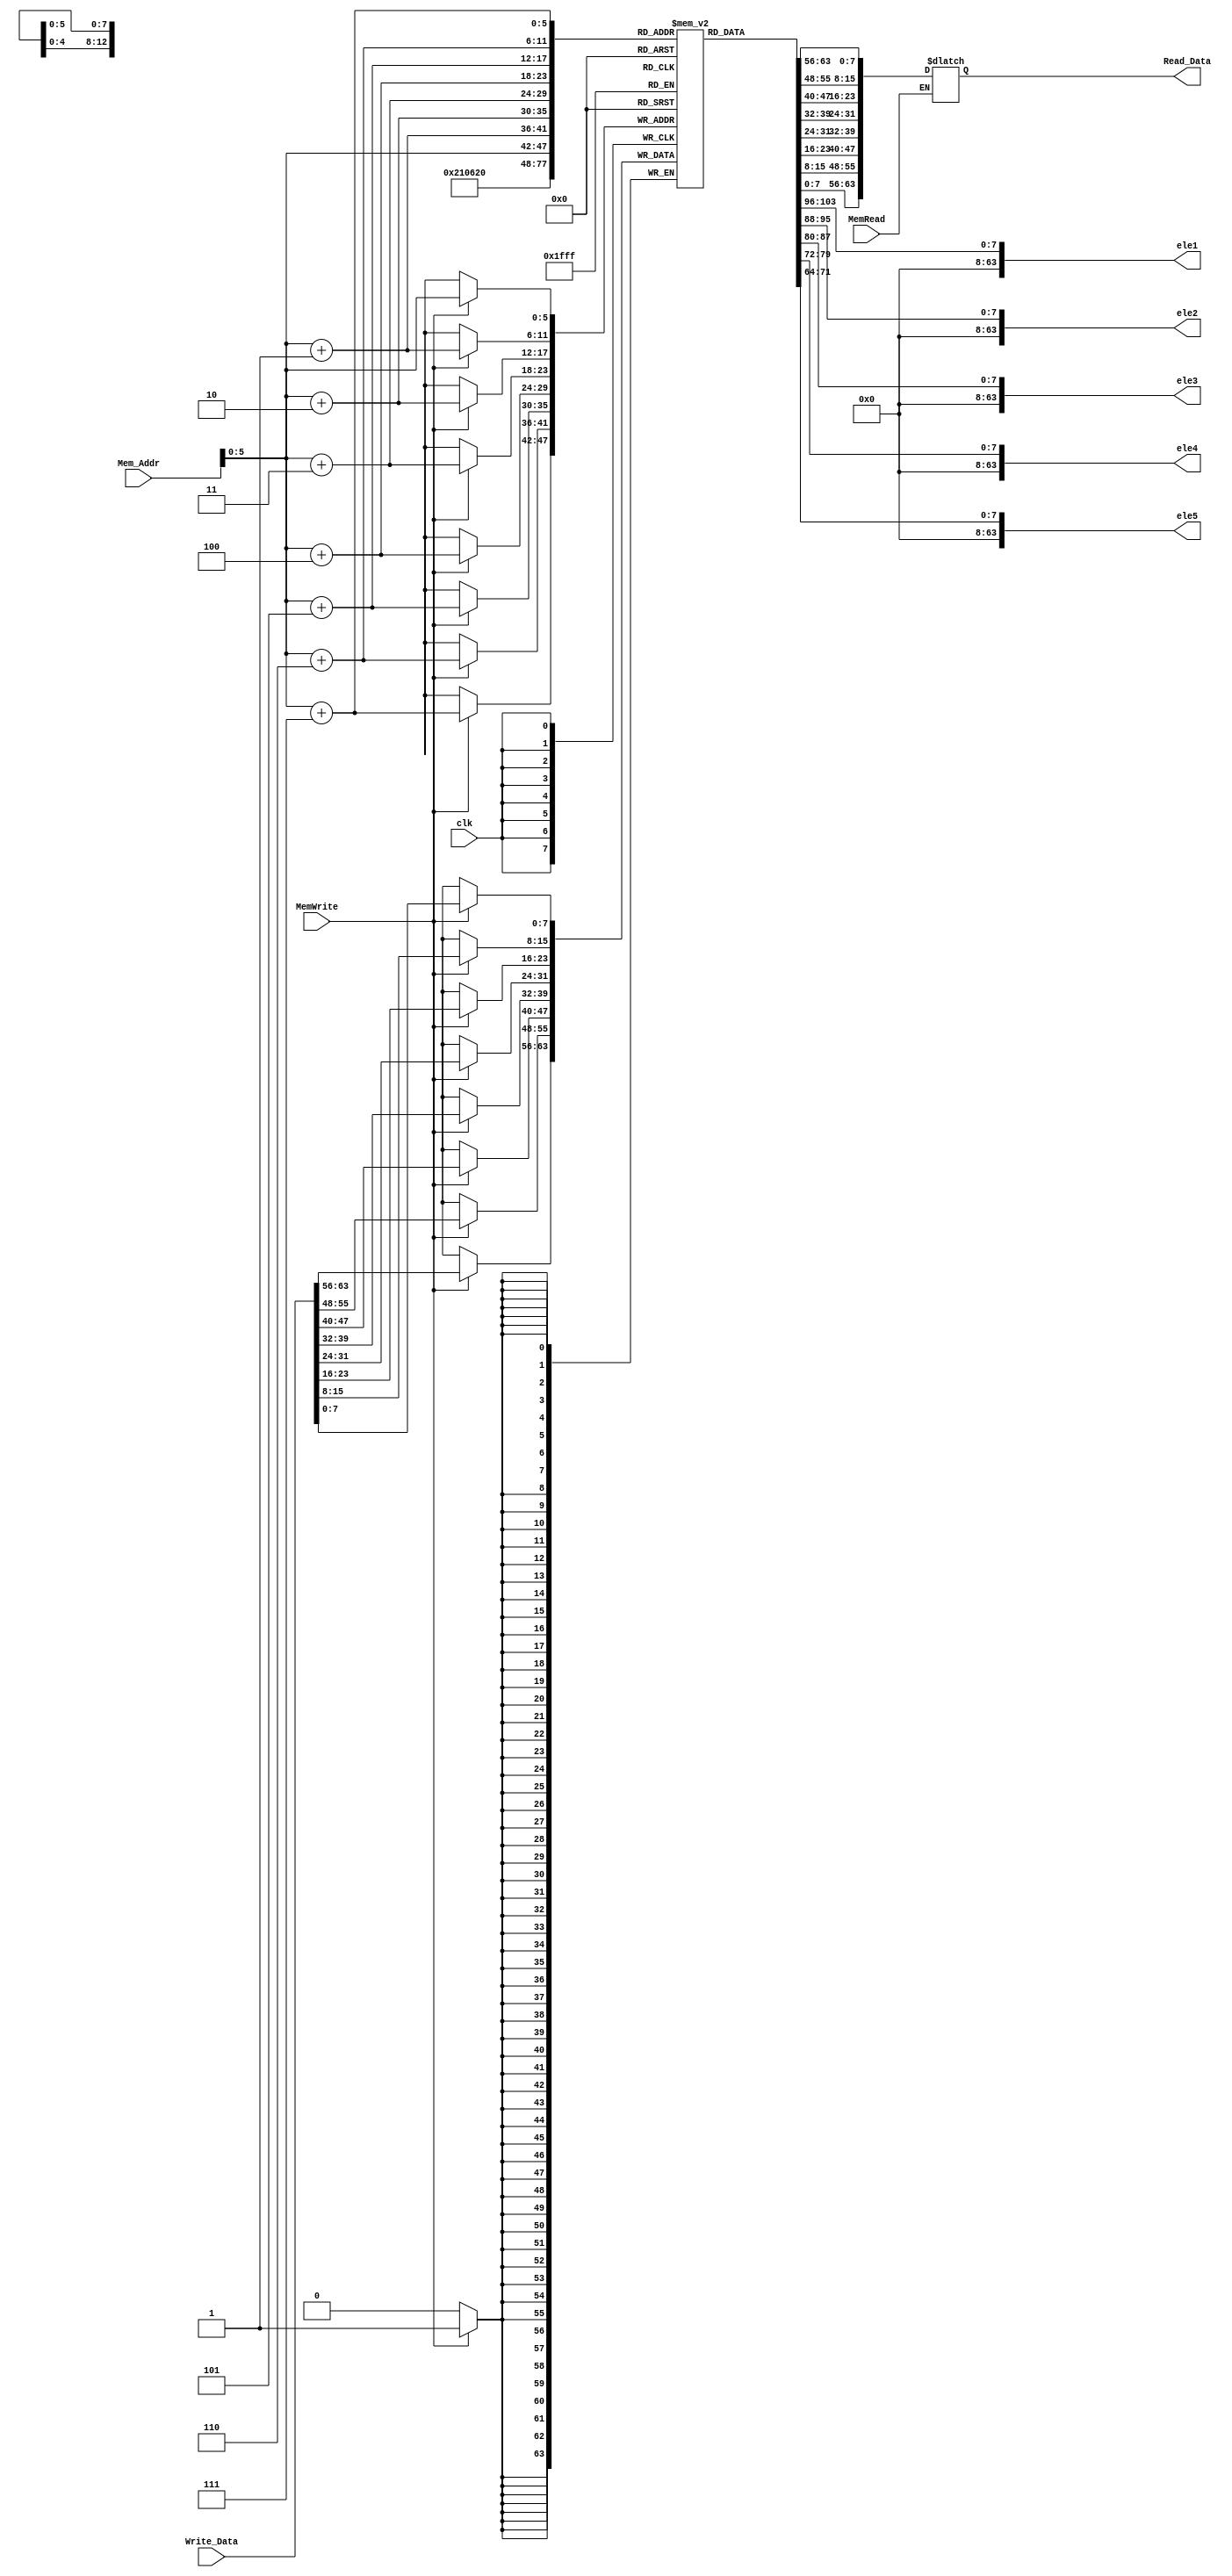
`timescale 1ns / 1ps
//////////////////////////////////////////////////////////////////////////////////
// Company: 
// Engineer: 
// 
// Design Name: 
// Module Name: Data_Memory
// Project Name: 
// Target Devices: 
// Tool Versions: 
// Description: 
// 
// Dependencies: 
// 
// Revision:
// Revision 0.01 - File Created
// Additional Comments:
// 
//////////////////////////////////////////////////////////////////////////////////


module Data_Memory
(
	input [63:0] Mem_Addr,
	input [63:0] Write_Data,
	input clk, MemWrite, MemRead,
	output reg [63:0] Read_Data,
	output [63:0] ele1,
    output [63:0] ele2,
    output [63:0] ele3,
    output [63:0] ele4,
    output [63:0] ele5
);

	reg [7:0] DataMemory [63:0];
	
	  assign ele1 = DataMemory[0]; // these 5 elemenets represent the first 5 values in the memory
      assign ele2 = DataMemory[8];
      assign ele3 = DataMemory[16];                      
      assign ele4 = DataMemory[24];
      assign ele5 = DataMemory[32];

      integer x; // loop variable
  
   initial  
    begin 
      for (x = 0; x < 64; x = x + 1)
      begin 
        DataMemory[x] = 8'd0; //reset all values
        end
     end    

	
	always @ (posedge clk)
	begin
		if (MemWrite) // on mem write signal high
		begin
			DataMemory[Mem_Addr] = Write_Data[7:0];
			DataMemory[Mem_Addr+1] = Write_Data[15:8];
			DataMemory[Mem_Addr+2] = Write_Data[23:16];
			DataMemory[Mem_Addr+3] = Write_Data[31:24];
			DataMemory[Mem_Addr+4] = Write_Data[39:32];
			DataMemory[Mem_Addr+5] = Write_Data[47:40];
			DataMemory[Mem_Addr+6] = Write_Data[55:48];
			DataMemory[Mem_Addr+7] = Write_Data[63:56];
		end
	end
	
	always @ (*)
	begin
		if (MemRead) // on mem read signal high
			Read_Data = {DataMemory[Mem_Addr+7],DataMemory[Mem_Addr+6],DataMemory[Mem_Addr+5],DataMemory[Mem_Addr+4],DataMemory[Mem_Addr+3],DataMemory[Mem_Addr+2],DataMemory[Mem_Addr+1],DataMemory[Mem_Addr]};
	end
endmodule